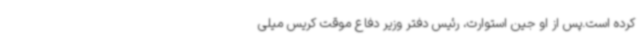
کرده است.پس از او جین استوارت، رئیس دفتر وزیر دفاع موقت کریس میلی